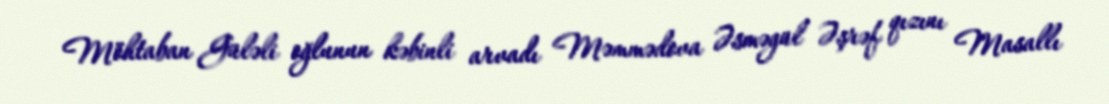
Möhtaban Güləli oğlunun kəbinli arvadı Məmmədova Əsməgül Əşrəf qızını Masallı